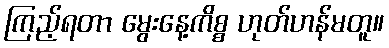
ကြည့်ရတာ မွေးနေ့ကိစ္စ ဟုတ်ဟန်မတူ။